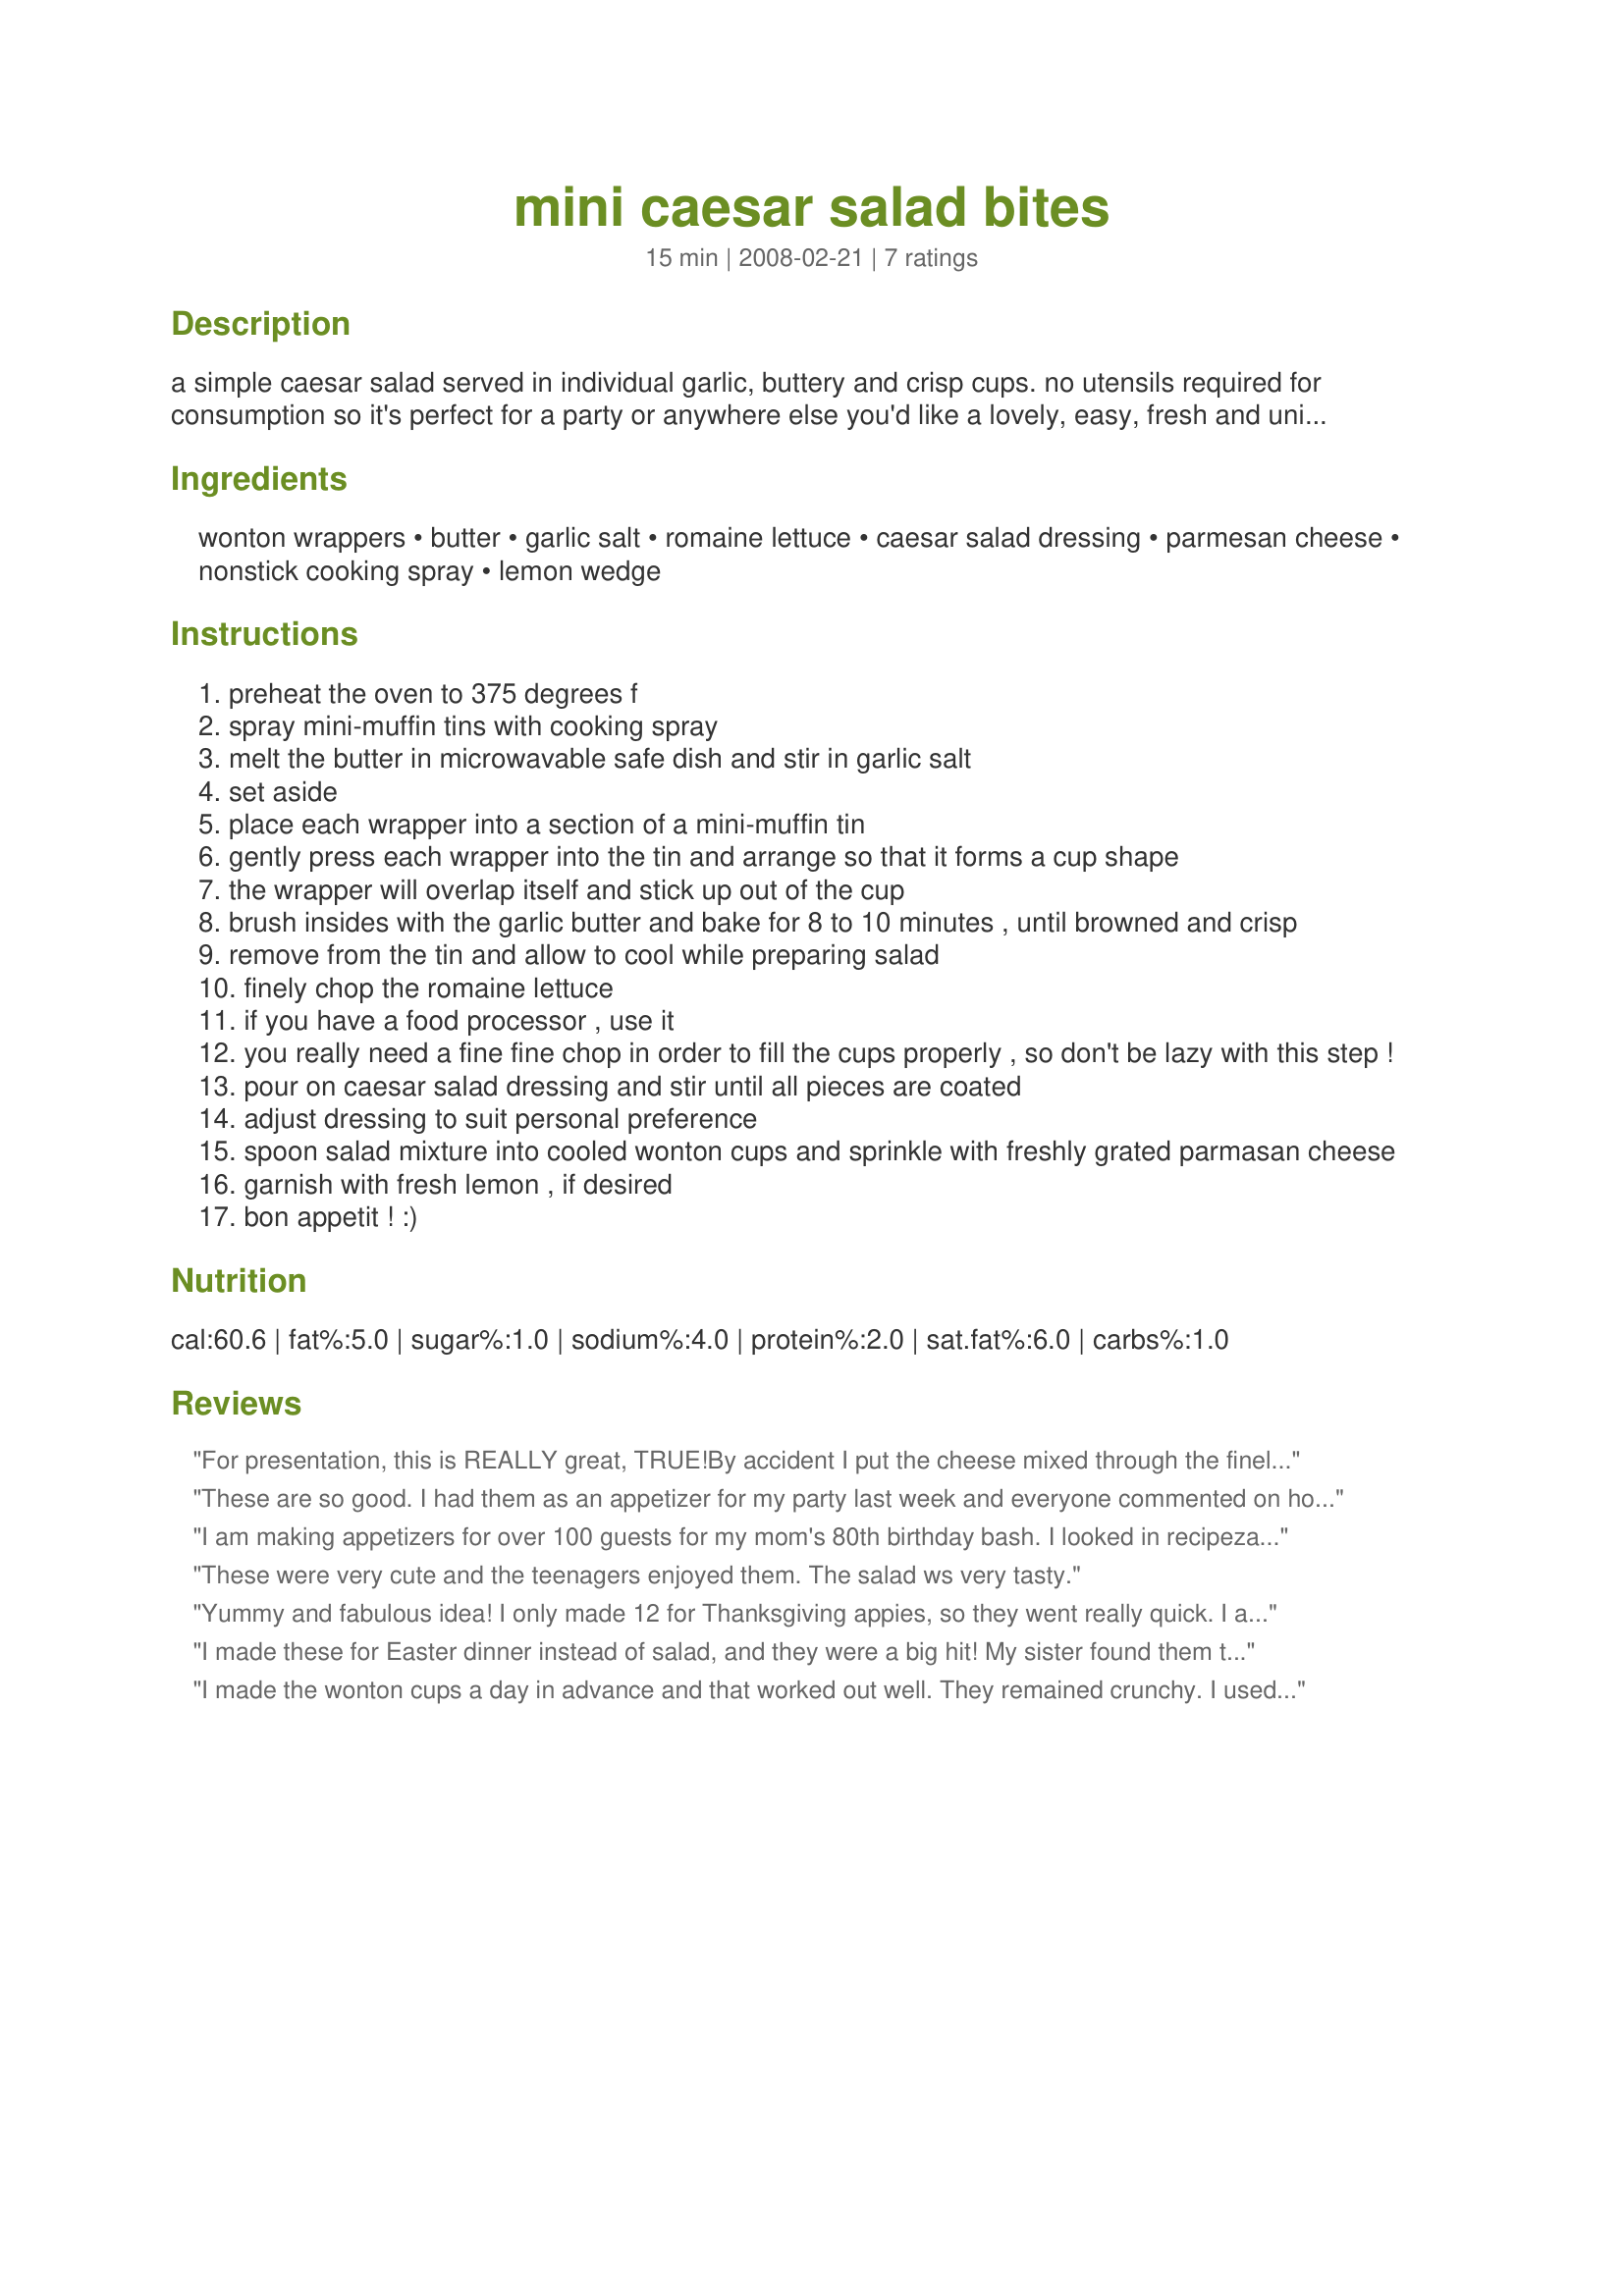
mini caesar salad bites
Preparation time: 15 minutes

a simple caesar salad served in individual garlic, buttery and crisp cups. no utensils required for consumption so it's perfect for a party or anywhere else you'd like a lovely, easy, fresh and unique hors d'oeuvre.

i came up with this recipe because i wanted to serve a vegetable based appetizer but was tired of the standard veggie platter. i thought of regular salads, but they were too finicky for guests to deal with. (hard to juggle a glass of champagne and eat a salad) i needed something that people could easily pop into their mouths in one or 2 bites. thus, this recipe was born! :)

Ingredients:
wonton wrappers, butter, garlic salt, romaine lettuce, caesar salad dressing, parmesan cheese, nonstick cooking spray, lemon wedge

Steps:
preheat the oven to 375 degrees f
spray mini-muffin tins with cooking spray
melt the butter in microwavable safe dish and stir in garlic salt
set aside
place each wrapper into a section of a mini-muffin tin
gently press each wrapper into the tin and arrange so that it forms a cup shape
the wrapper will overlap itself and stick up out of the cup
brush insides with the garlic butter and bake for 8 to 10 minutes , until browned and crisp
remove from the tin and allow to cool while preparing salad
finely chop the romaine lettuce
if you have a food processor , use it
you really need a fine fine chop in order to fill the cups properly , so don't be lazy with this step !
pour on caesar salad dressing and stir until all pieces are coated
adjust dressing to suit personal preference
spoon salad mixture into cooled wonton cups and sprinkle with freshly grated parmasan cheese
garnish with fresh lemon , if desired
bon appetit ! :)

Reviews:
For presentation, this is REALLY great, TRUE!<br/>By accident I put the cheese mixed through the finely chopped lettuce too!<br/>Then drizzled the dressing, LOOKED like I really did fuss on the day!<br/>Next time might try using a pastry brush to do the whole won ton BEFORE I put it into the mini muffin mold too!<br/>As had a little difficulty getting the too large brush to coat the wrappers so they could also even bake, TRUE!<br/>But totally did not take anything away,<br/>The recipe is a keeper and in my cook books it will stay! THANKS! :)
These are so good. I had them as an appetizer for my party last week and everyone commented on how cute/unique they were!
I am making appetizers for over 100 guests for my mom's 80th birthday bash. I looked in recipezaar and found two new appetizers to try. I wanted something that had a lighter feel to it and this fit the bill perfectly. My husband found the wontons alittle too crispy but after an hour in the fridge, they had softened abit. I love this recipe!!! It tastes great and looks beautiful on a platter.
These were very cute and the teenagers enjoyed them. The salad ws very tasty.
Yummy and fabulous idea! I only made 12 for Thanksgiving appies, so they went really quick. I also used round (gyoza) wonton wrappers, and made my salads dressed with ranch. Even though I changed the details of the recipe quite a bit, the idea is so versatile and wonderful I had to go ahead and rate them highly! Thanks for sharing!
I made these for Easter dinner instead of salad, and they were a big hit! My sister found them too crunchy, but she has sensitive gums and doesn't like croutons in her salad. My daughter adores these appetizers as do I; and even my hubby who doesn't like salads so much likes these. They're quick & easy to make ahead, look pretty, and the ingredients are readily (and cheaply) available in the average grocery store. I know this recipe is going to become one of my 'signature dishes' for potlucks and refreshments at meetings.
I made the wonton cups a day in advance and that worked out well. They remained crunchy. I used a food processor to chop the romaine lettuce. I topped each filled cup with a slice of black olive.
